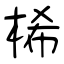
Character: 桸